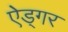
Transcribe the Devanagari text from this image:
ऐड्गर